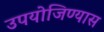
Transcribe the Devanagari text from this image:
उपयोजिण्यास